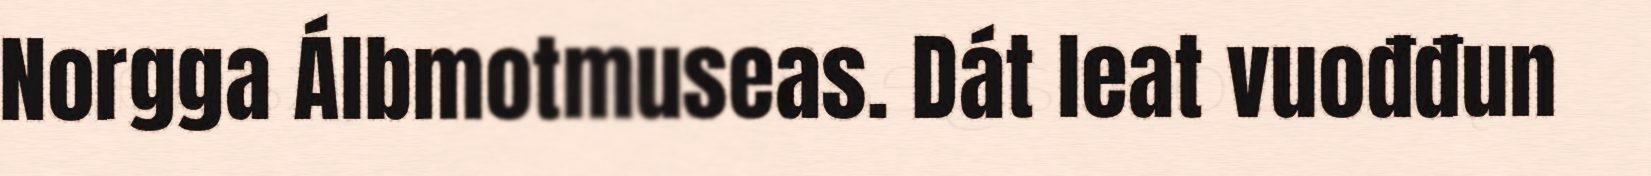
Norgga Álbmotmuseas. Dát leat vuođđun